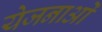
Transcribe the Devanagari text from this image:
येजनाओं